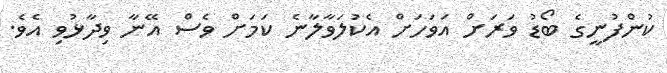
ކުންފުނީގެ ބޯޑު ވަރަށް އަވަހަށް އެކުލަވާލާނެ ކަމަށް ވެސް އޭނާ ވިދާޅުވި އެވެ.